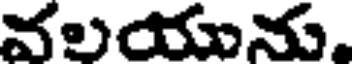
వలయును.